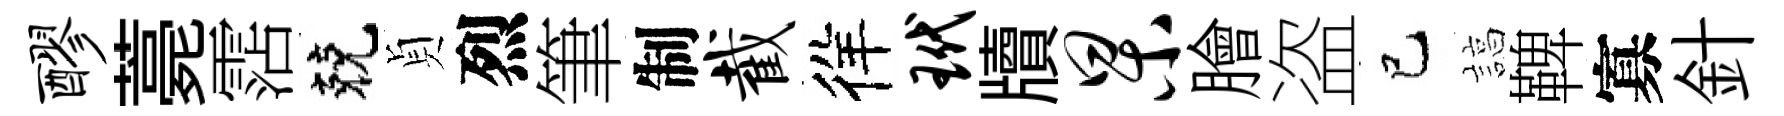
醪薧霑兢貞烈筆制截徉玳牘杲膾盗巳諄鞞寡針